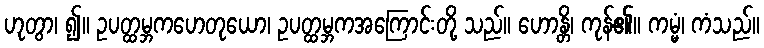
ဟုတွာ၊ ၍။ ဥပတ္ထမ္ဘကဟေတုယော၊ ဥပတ္ထမ္ဘကအကြောင်းတို့ သည်။ ဟောန္တိ၊ ကုန်၏။ ကမ္မံ၊ ကံသည်။